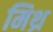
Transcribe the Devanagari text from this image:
मिथ्र